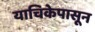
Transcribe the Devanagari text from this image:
याचिकेपासून